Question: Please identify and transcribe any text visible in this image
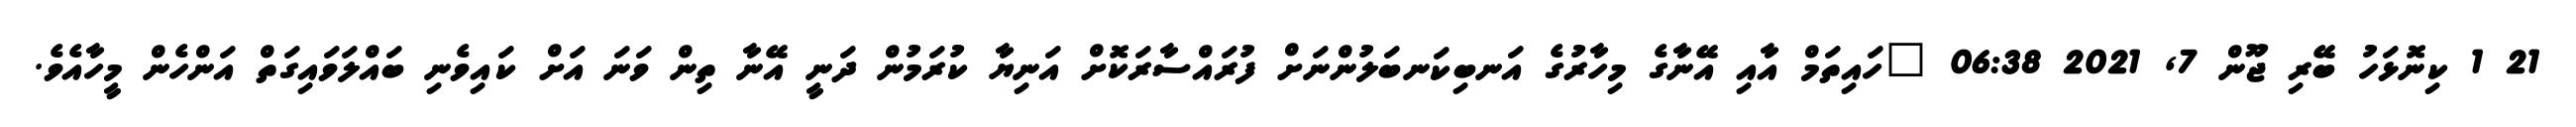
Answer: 21 1 ކިނޮޅަހު ބޭރި ޖޫން 7, 2021 06:38 "ހައިތަމް އާއި އޭނާގެ މިހާރުގެ އަނބިކަނބަލުންނަށް ފުރައްސާރަކޮށް އަނިޔާ ކުރަމުން ދަނީ އޭނާ ތިން ވަނަ އަށް ކައިވެނި ބައްލަވައިގަތް އަންހެން މީހާއެވެ.